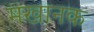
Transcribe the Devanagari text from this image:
मखानक